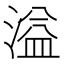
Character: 溢